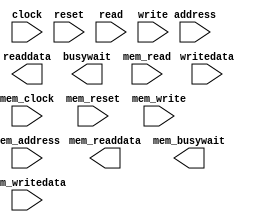
module cache(
	clock,
    reset,
    read,
    write,
    address,
    writedata,
    readdata,
    busywait,
	mem_clock,
    mem_reset,
    mem_read,
    mem_write,
    mem_address,
    mem_writedata,
    mem_readdata,
    mem_busywait
);

input				clock;
input           	reset;
input           	read;
input           	write;
input[7:0]      	address;
input[31:0]     	writedata;
output reg [31:0]	readdata;
output reg      	busywait;

input				mem_clock;
input           	mem_reset;
input           	mem_read;
input           	mem_write;
input[7:0]      	mem_address;
input[31:0]     	mem_writedata;
output reg [31:0]	mem_readdata;
output reg      	mem_busywait;

wire tag;
wire index;
wire offset;

assign tag = address[7:5];
assign index = address[4:2];
assign offset = address[1:0];

endmodule